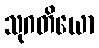
သုဂတိယော